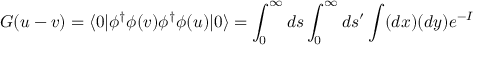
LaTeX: G ( u - v ) = \langle 0 | \phi ^ { \dagger } \phi ( v ) \phi ^ { \dagger } \phi ( u ) | 0 \rangle = \int _ { 0 } ^ { \infty } d s \int _ { 0 } ^ { \infty } d s ^ { \prime } \int ( d x ) ( d y ) e ^ { - I }